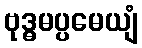
ဗုဒ္ဓမပ္ပမေယျံ